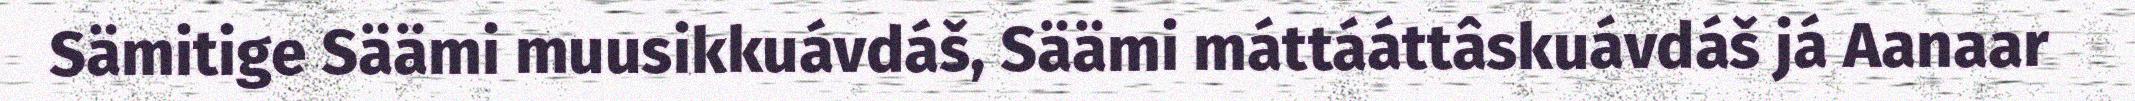
Sämitige Säämi muusikkuávdáš, Säämi máttááttâskuávdáš já Aanaar